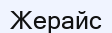
Жерайс